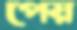
পেয়